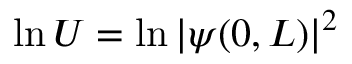
\ln U = \ln \vert \psi ( 0 , L ) \vert ^ { 2 }